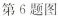
第6题图